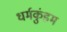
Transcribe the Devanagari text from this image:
धर्मकुंडम